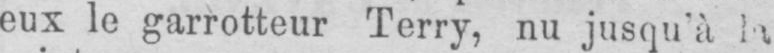
eux le garrotteur Terry, nu jusqu’à la